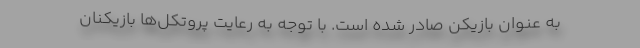
به عنوان بازیکن صادر شده است. با توجه به رعایت پروتکل‌ها بازیکنان